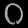
Digit: ၀